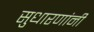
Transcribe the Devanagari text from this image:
सुधारणांनी